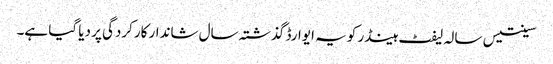
سینتیس سالہ لیفٹ ہینڈر کو یہ ایوارڈ گذشتہ سال شاندار کارکردگی پر دیا گیا ہے۔